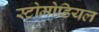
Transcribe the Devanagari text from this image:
स्टोमोडियल